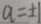
a = \pm 1